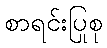
စာရင်းပြုစု